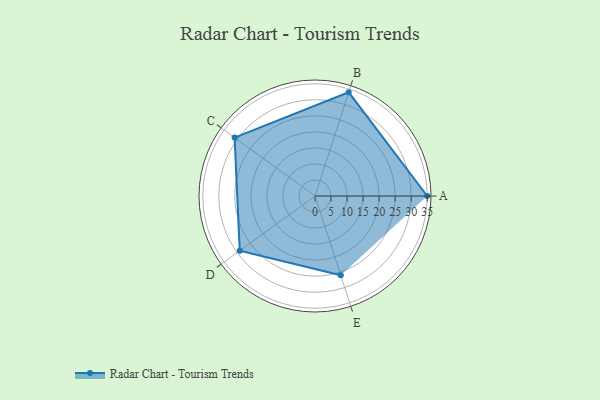
{"axis": {"x": "Skill", "y": "Score"}, "legend": ["Profile"], "data": [{"x": "A", "y": 35.0, "type": "Profile"}, {"x": "B", "y": 34.0, "type": "Profile"}, {"x": "C", "y": 31.0, "type": "Profile"}, {"x": "D", "y": 29.0, "type": "Profile"}, {"x": "E", "y": 26.0, "type": "Profile"}]}